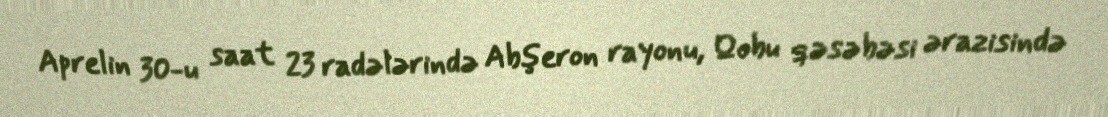
Aprelin 30-u saat 23 radələrində Abşeron rayonu, Qobu qəsəbəsi ərazisində